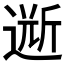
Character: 𲅫